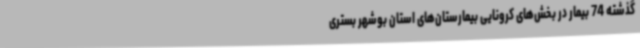
گذشته 74 بیمار در بخش‌های کرونایی بیمارستان‌های استان بوشهر بستری‌